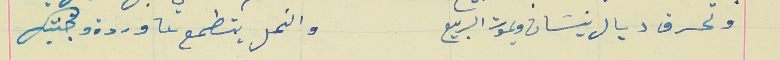
وتحرق ديال نيسَان ويموت الربيع                                     والنحل يتطمع عا وردة وجنتيك